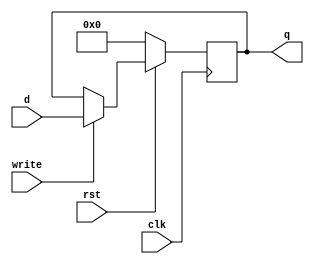


module register(clk, rst, d,write, q);
	parameter width = 32;
	
	input wire [width - 1:0] d;
	input write, clk, rst;
	
	output reg [width - 1:0] q;
	
	reg [width - 1:0] internal;
	
	always @ (posedge clk) begin
		if(!rst)
			q <= 0;
		else if(write)
			q <= d;
	end

endmodule